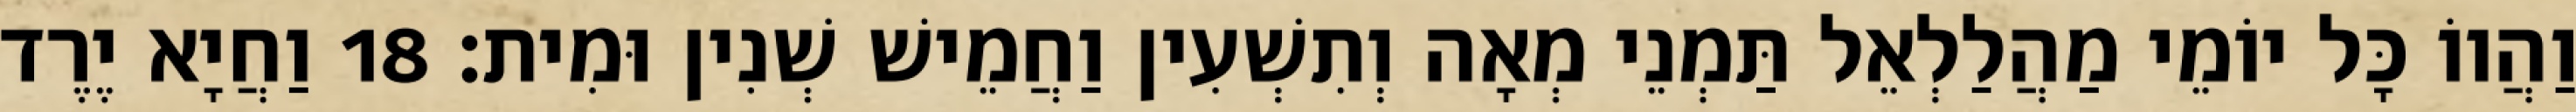
וַהֲווֹ כָּל יוֹמֵי מַהֲלַלְאֵל תַּמְנֵי מְאָה וְתִשְׁעִין וַחֲמֵישׁ שְׁנִין וּמִית׃ 18 וַחֲיָא יֶרֶד